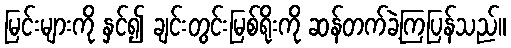
မြင်းများကို နှင်၍ ချင်းတွင်းမြစ်ရိုးကို ဆန်တက်ခဲ့ကြပြန်သည်။